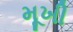
મૂખી